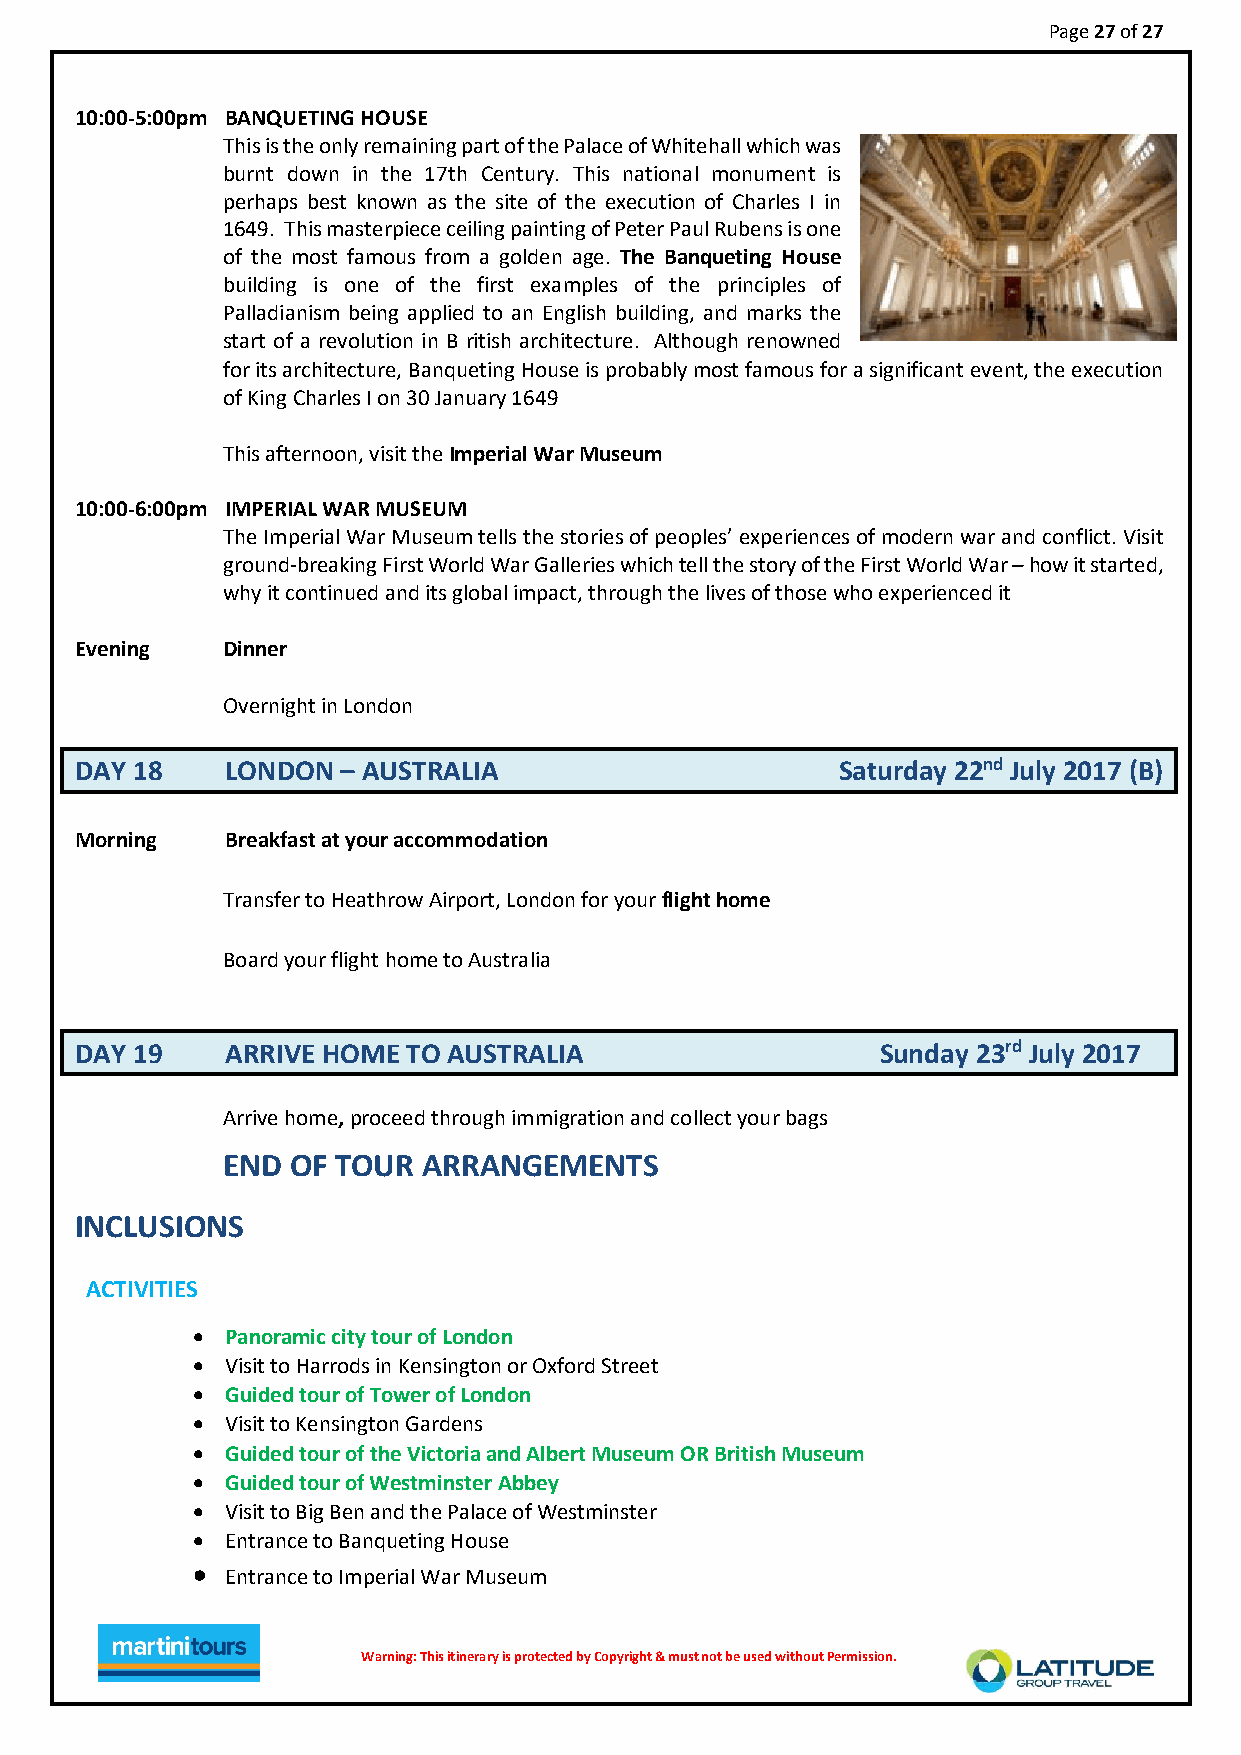
Page 27 of 27
 10:00-5:00pm BANQUETING HOUSE
 This is the only remaining part of the Palace of Whitehall which was
 burnt down in the 17th Century. This national monument is
 perhaps best known as the site of the execution of Charles I in
 1649. This masterpiece ceiling painting of Peter Paul Rubens is one
 of the most famous from a golden age. The Banqueting House
 building is one of the first examples of the principles of
 Palladianism being applied to an English building, and marks the
 start of a revolution in B ritish architecture. Although renowned
 for its architecture, Banqueting House is probably most famous for a significant event, the execution
 of King Charles I on 30 January 1649
 This afternoon, visit the Imperial War Museum
 10:00-6:00pm IMPERIAL WAR MUSEUM
 The Imperial War Museum tells the stories of peoples’ experiences of modern war and conflict. Visit
 ground-breaking First World War Galleries which tell the story of the First World War – how it started,
 why it continued and its global impact, through the lives of those who experienced it
 Evening   Dinner
 Overnight in London
 DAY 18    LONDON  – AUSTRALIA                     Saturday 22nd July 2017 (B)
 Morning   Breakfast at your accommodation
 Transfer to Heathrow Airport, London for your flight home
 Board your flight home to Australia
 DAY 19    ARRIVE HOME TO AUSTRALIA                   Sunday 23rd July 2017
 Arrive home, proceed through immigration and collect your bags
 END OF TOUR  ARRANGEMENTS
 INCLUSIONS
 ACTIVITIES
  Panoramic city tour of London
  Visit to Harrods in Kensington or Oxford Street
  Guided tour of Tower of London
  Visit to Kensington Gardens
  Guided tour of the Victoria and Albert Museum OR British Museum
  Guided tour of Westminster Abbey
  Visit to Big Ben and the Palace of Westminster
  Entrance to Banqueting House
  Entrance to Imperial War Museum
 Warnin g : T h i s i t i n e r ary is protected by Copyright & must not be used without Permission.